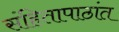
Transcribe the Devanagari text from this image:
संहितापाठांत